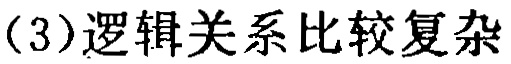
（3）逻辑关系比较复杂